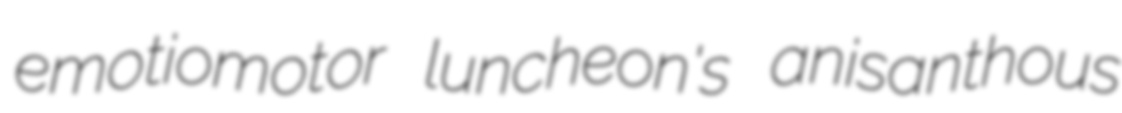
emotiomotor luncheon's anisanthous